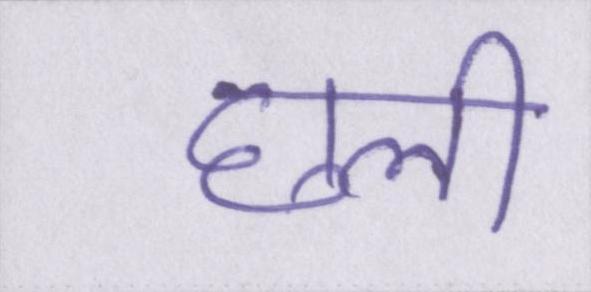
छली